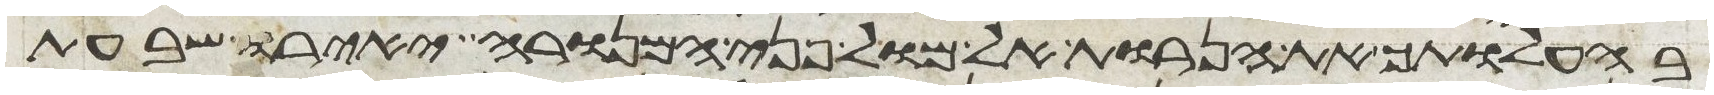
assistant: בהעלותך את הנרות אל מול פני המנורה יאירו שבעת